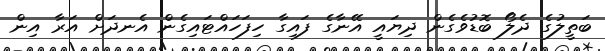
ބަތީލުގެ ދެލޯ ބޮޑުވެގެން ދިޔައީ އޭނާގެ ފައިގާ ހިފަހައްޓައިގެން އެނދަށް އަރާ އިން